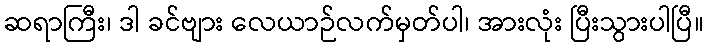
ဆရာကြီး၊ ဒါ ခင်ဗျား လေယာဉ်လက်မှတ်ပါ၊ အားလုံး ပြီးသွားပါပြီ။